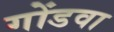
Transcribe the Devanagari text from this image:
गोंडवा